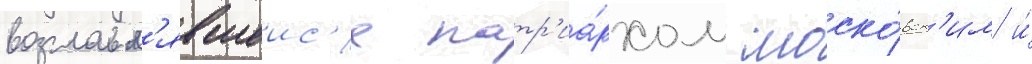
возглавл'явшеис'я патр'иа́рхом моско́вск'им и́